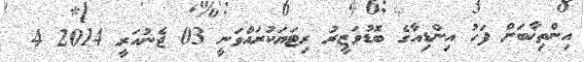
އިންތިޚާބަށް ފަހު އިންޑިއާގެ ބޮޑުވަޒީރު ރިޓަޔަކުރައްވަނީ 03 ޖެނުއަރީ 2014 4